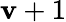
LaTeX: \mathbf{v}+1